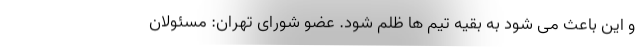
و این باعث می شود به بقیه تیم ها ظلم شود. عضو شورای تهران: مسئولان